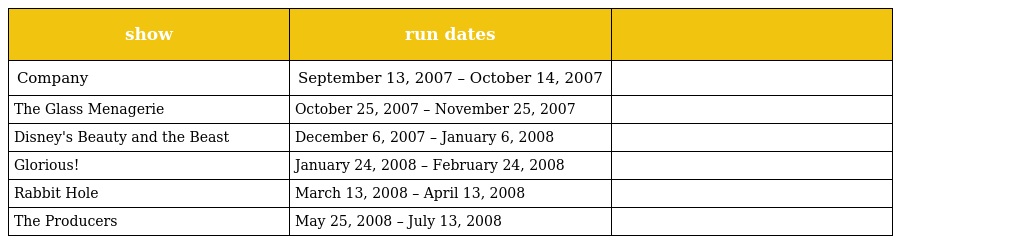
| show | run dates |  |
 | --- | --- | --- |
 | Company | September 13, 2007 – October 14, 2007 |  |
 | The Glass Menagerie | October 25, 2007 – November 25, 2007 |  |
 | Disney's Beauty and the Beast | December 6, 2007 – January 6, 2008 |  |
 | Glorious! | January 24, 2008 – February 24, 2008 |  |
 | Rabbit Hole | March 13, 2008 – April 13, 2008 |  |
 | The Producers | May 25, 2008 – July 13, 2008 |  |